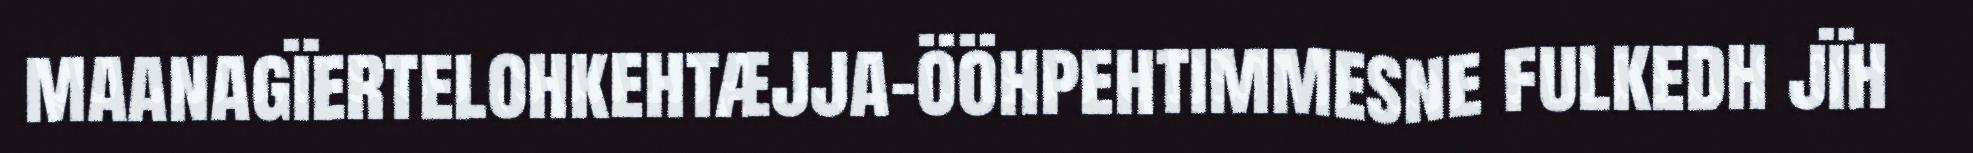
maanagïertelohkehtæjja-ööhpehtimmesne fulkedh jïh